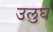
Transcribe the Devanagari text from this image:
उलुघ